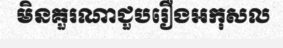
មិនគួរណាជួបរឿងអកុសល